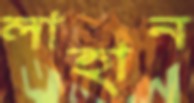
লাহান